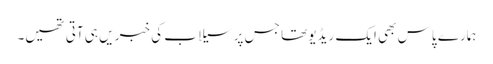
ہمارے پاس بھی ایک ریڈیو تھا جس پر سیلاب کی خبر یں ہی آتی تھیں۔